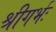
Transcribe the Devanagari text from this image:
श्रीगर्भः